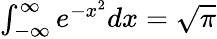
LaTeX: \textstyle\int_{-\infty}^{\infty}e^{-x^{2}}dx={\sqrt{\pi}}